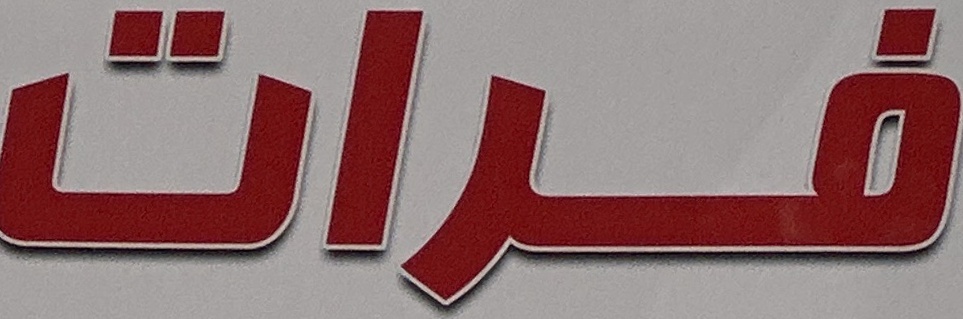
فرات